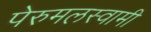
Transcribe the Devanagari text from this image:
पेरुमलस्वामी